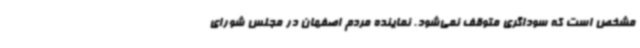
مشخص است که سوداگری متوقف نمی‌شود. نماینده مردم اصفهان در مجلس شورای